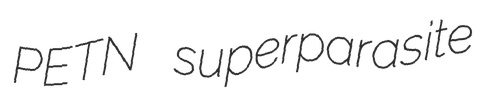
PETN superparasite